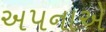
અપનાએ